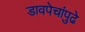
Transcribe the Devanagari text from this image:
डावपेचांपुढे